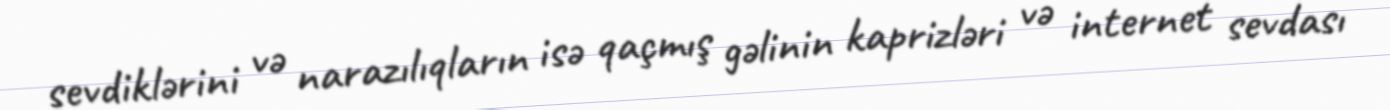
sevdiklərini və narazılıqların isə qaçmış gəlinin kaprizləri və internet sevdası